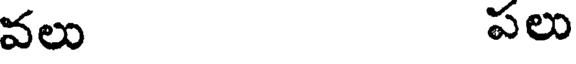
వలు పలు